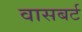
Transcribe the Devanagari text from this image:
वासबर्ट